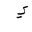
Letter: _ya